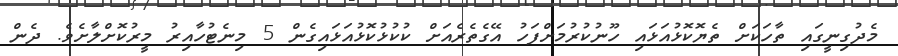
މެދުގިނީގައި ތާހަކަށް ތެޔޮކޮޅުއަޅައި ހޫނުކުރުމަށްފަހު އޭގެތެރެއަށް ކުކުޅުކޮޅުއަޅައިގެން 5 މިނެޓުހާއިރު މީރުކޮށްލާށެވެ. ދެން